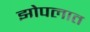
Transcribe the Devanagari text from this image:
झोपलात